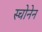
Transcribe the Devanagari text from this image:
स्चोनेन